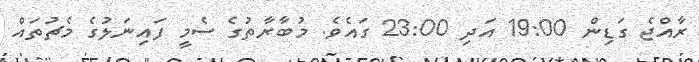
ރާއްޖެ ގަޑިން 19:00 އަދި 23:00 ގައެވެ. މުބާރާތުގެ ސެމީ ފައިނަލުގެ މެޗުތައް